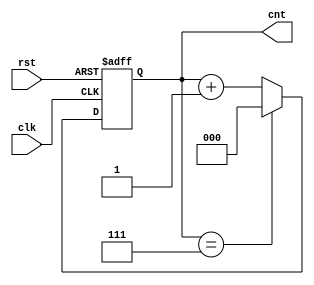
module modulus_counter #(
    parameter N = 8  // Configurable modulus value (N should be a positive integer)
)(
    input wire clk,   // Clock input
    input wire rst,   // Asynchronous reset input
    output reg [$clog2(N)-1:0] cnt // Current count value, width determined by N
);

    // Always block triggered on the rising edge of the clock or asynchronous reset
    always @(posedge clk or posedge rst) begin
        // If reset is asserted, set count to 0
        if (rst) begin
            cnt <= 0;
        end
        // Otherwise, increment the count
        else begin
            // Increment the count and wrap around if it reaches N
            if (cnt == N - 1) begin
                cnt <= 0;  // Wrap around to 0
            end
            else begin
                cnt <= cnt + 1;  // Increment the count
            end
        end
    end

endmodule